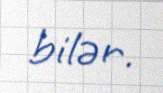
bilər.